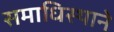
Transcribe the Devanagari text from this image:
समाधिस्थाने